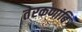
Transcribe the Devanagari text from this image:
तेरकणांबि